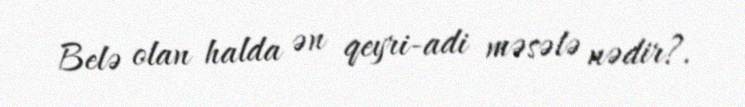
Belə olan halda ən qeyri-adi məsələ nədir?.